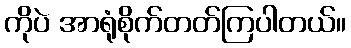
ကိုပဲ အာရုံစိုက်တတ်ကြပါတယ်။